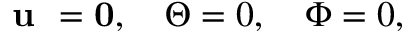
\textbf { u } = \mathbf { 0 } , \quad \Theta = 0 , \quad \Phi = 0 ,